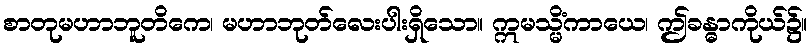
စာတုမဟာဘူတိကေ၊ မဟာဘုတ်လေးပါးရှိသော။ ဣမသ္မိံကာယေ၊ ဤခန္ဓာကိုယ်၌။